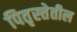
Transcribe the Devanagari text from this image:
पितृस्त्तेतील